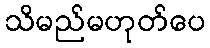
သိမည်မဟုတ်ပေ